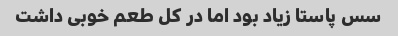
سس پاستا زیاد بود اما در کل طعم خوبی داشت